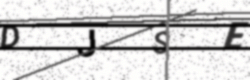
Text: DJSE